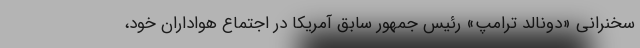
سخنرانی «دونالد ترامپ» رئیس جمهور سابق آمریکا در اجتماع هواداران خود،